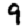
Digit: 9